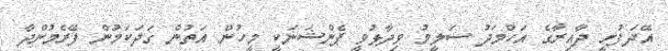
އޭދަފުށީ ދާއިރާގެ އަހްމަދު ސަލީމު ވިދާޅުވީ ޕެންޝަނަކީ މީހުން އަތުން ގަދަކަމުން ފޭރެމުންދާ